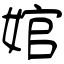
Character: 婠